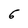
Character: 6